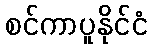
စင်ကာပူနိုင်ငံ